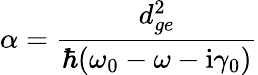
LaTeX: \alpha=\frac{d_{ge}^{2}}{\hbar(\omega_{0}-\omega-\mathrm{i}\gamma_{0})}